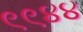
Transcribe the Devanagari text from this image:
९९४४